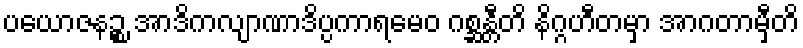
ပယောဇနဉ္စ အာဒိကလျာဏာဒိပ္ပကာရမေဝ ဂစ္ဆန္တီတိ နိဂ္ဂဟီတမှာ အာဂတာမှီတိ